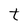
Character: t